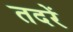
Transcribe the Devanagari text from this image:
तदरें